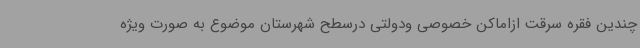
چندین فقره سرقت ازاماکن خصوصی ودولتی درسطح شهرستان موضوع به صورت ویژه